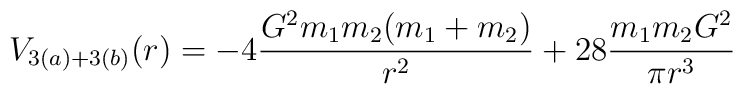
V_{3(a)+3(b)}(r) = -4\frac{G^2m_1m_2(m_1+m_2)}{r^2}+28\frac{m_1m_2G^2}{\pi r^3}